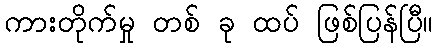
ကားတိုက်မှု တစ် ခု ထပ် ဖြစ်ပြန်ပြီ။